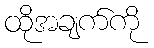
ထိုအချက်ကို